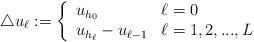
LaTeX: \begin{align*}\triangle u_\ell := \left\{ \begin{array}{ll}u_{h_0} & \ell = 0\\u_{h_\ell} - u_{\ell-1} & \ell = 1,2,...,L \end{array}\right.\end{align*}